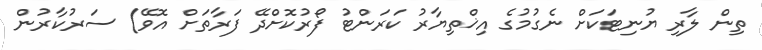
ތިން ލާރި ޔުނިޓަކަށް ނެގުމުގެ އިޚްތިޔާރު ކަރަންޓު ފޯރުކޮށްދޭ ފަރާތަށް އޮވޭ) ސަރުކާރުން